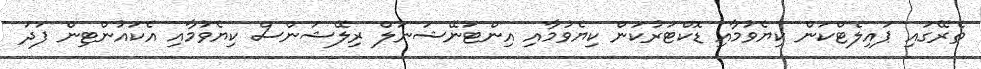
ތެރޭގައި ޕައިލެޓްކަން ކިޔެވުމާއި ޑޮކްޓަރުކަން ކިޔެވުމާއި އިންޓަނޭޝަނަލް ރިލޭޝަންސް ކިޔެވުމާއި އެކައުންޓިން ފަދަ